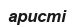
аристі